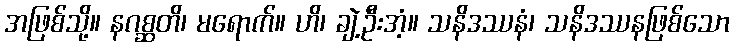
အဖြစ်သို့။ နဂစ္ဆတိ၊ မရောက်။ ဟိ၊ ချဲ့ဦးအံ့။ သနိဒဿနံ၊ သနိဒဿနဖြစ်သော